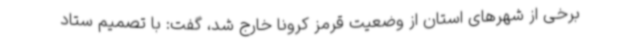
برخی از شهرهای استان از وضعیت قرمز کرونا خارج شد، گفت: با تصمیم ستاد